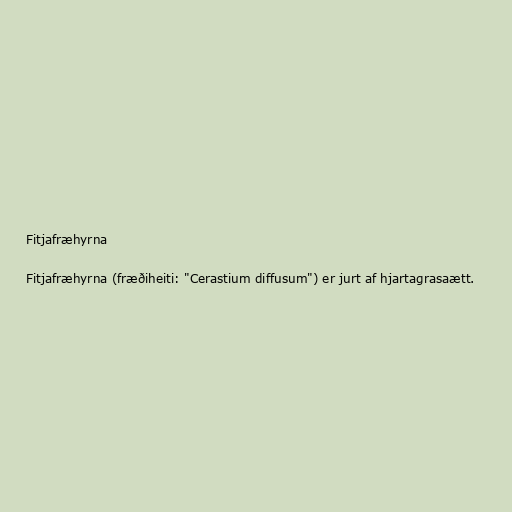
Fitjafræhyrna

Fitjafræhyrna (fræðiheiti: "Cerastium diffusum") er jurt af hjartagrasaætt.